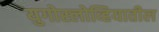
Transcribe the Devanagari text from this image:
युगोस्लोव्हियातील